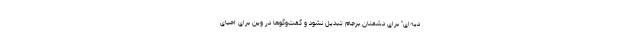
دیه‌ای" برای دشمنان برجام تبدیل نشود و گفت‌وگوها در وین برای احیای